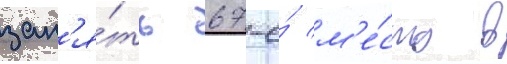
зан'я́ть 67-е́ м'е́сто в